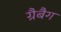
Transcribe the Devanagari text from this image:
ग्रैबैग